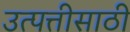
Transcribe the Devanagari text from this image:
उत्पत्तीसाठी